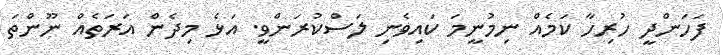
ފަހަންދީ ހުރިހާ ކަމެއް ނިމުނީމަ ކައިވެނި ލަސްކުރަންވީ. އަޅެ މިދެން އަރަތެއް ނޫންތަ